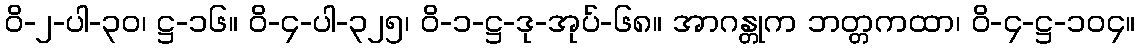
ဝိ-၂-ပါ-၃၀၊ ဋ္ဌ-၁၆။ ဝိ-၄-ပါ-၃၂၅၊ ဝိ-၁-ဋ္ဌ-ဒု-အုပ်-၆၈။ အာဂန္တုက ဘတ္တကထာ၊ ဝိ-၄-ဋ္ဌ-၁၀၄။